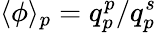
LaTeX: \langle\phi\rangle_{p}=q_{p}^{p}/q_{p}^{s}